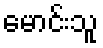
မောင်းသူ